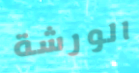
الورشة